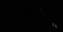
હાલારીના